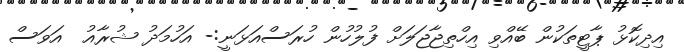
އިދިކޮޅު ޕާޓީތަކުން ބޭއްވި އިހްތިޖާޖަލަށް ފުލުހުން ހުރަސްއަޅަނީ:- އަހުމަދު ޝުރާއު  އަވަސް